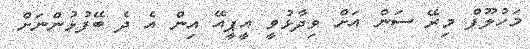
މަހުލޫފް މިރޭ ސަން އަށް ވިދާޅުވީ އީޕީއޭ އިން އެ ދެ ބޭފުޅުންނަށް